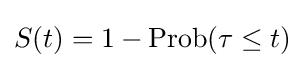
S(t)=1-\operatorname {Prob} (\tau \leq t)